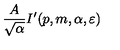
\frac { A } { \sqrt { \alpha } } I ^ { \prime } ( p , m , \alpha , \varepsilon )